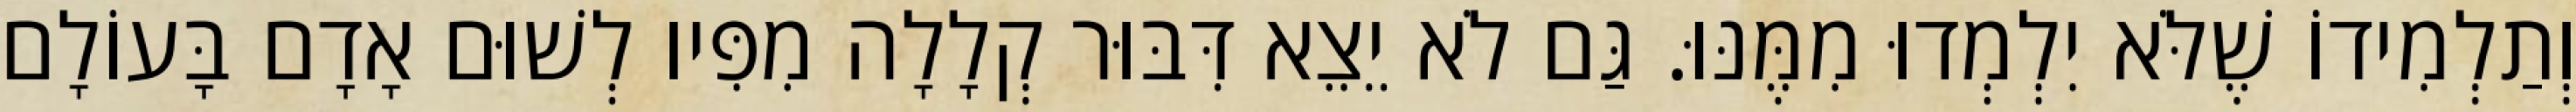
וְתַלְמִידוֹ שֶׁלֹּא יִלְמְדוּ מִמֶּנּוּ. גַּם לֹא יֵצֵא דִּבּוּר קְלָלָה מִפִּיו לְשׁוּם אָדָם בָּעוֹלָם